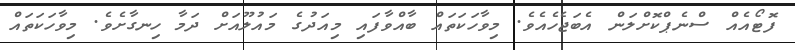
ފޮޓޯއެއް ސްނެޕްކޮށްލަން އެބަޖެހެއެވެ. މިވާހަކަތައް ބާއްވާފައި މިއަދުގެ މައުލޫއަށް ދަމާ ހިނގާށެވެ. މިވާހަކަތައް